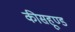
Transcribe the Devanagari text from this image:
कीसहूण्ड